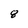
Character: 8